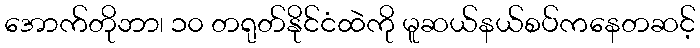
အောက်တိုဘာ၊ ၁၀ တရုတ်နိုင်ငံထဲကို မူဆယ်နယ်စပ်ကနေတဆင့်